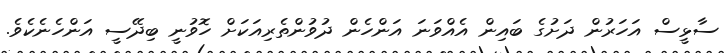
ސާޅީސް އަހަރުން ދަށުގެ ބައިން އެއްވަނަ އަންހެން ދުވުންތެރިއަކަށް ހޮވުނީ ބިދޭސީ އަންހެނެކެވެ.